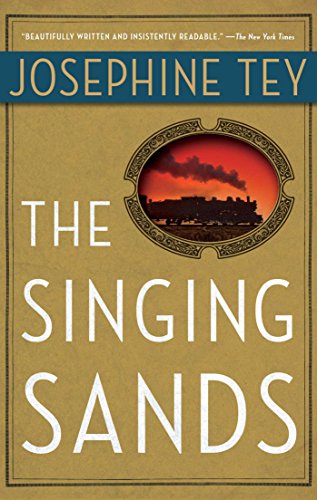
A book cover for The Singing Sands; Josephine Tey; Mystery, Thriller & Suspense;